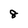
Character: 8